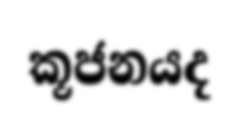
කූජනයද